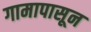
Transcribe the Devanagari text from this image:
गामापासून